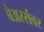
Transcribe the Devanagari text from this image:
बेअरर्सवर